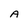
Character: A